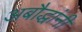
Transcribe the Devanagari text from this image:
अबौद्धांनी